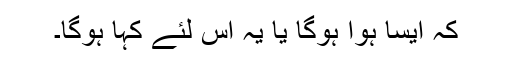
کہ ایسا ہوا ہوگا یا یہ اس لئے کہا ہوگا۔